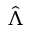
\hat { \Lambda }